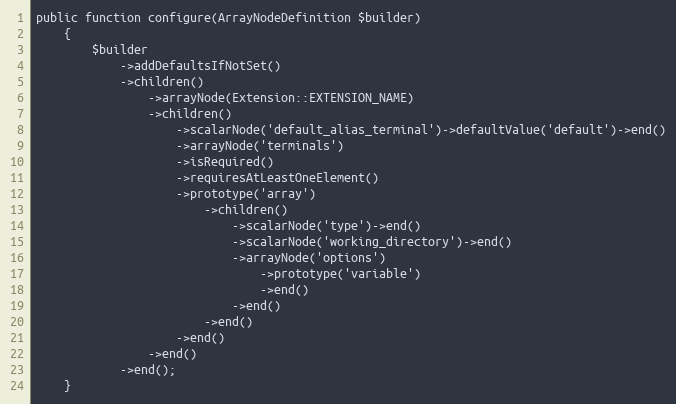
Language: PHP
public function configure(ArrayNodeDefinition $builder)
    {
        $builder
            ->addDefaultsIfNotSet()
            ->children()
                ->arrayNode(Extension::EXTENSION_NAME)
                ->children()
                    ->scalarNode('default_alias_terminal')->defaultValue('default')->end()
                    ->arrayNode('terminals')
                    ->isRequired()
                    ->requiresAtLeastOneElement()
                    ->prototype('array')
                        ->children()
                            ->scalarNode('type')->end()
                            ->scalarNode('working_directory')->end()
                            ->arrayNode('options')
                                ->prototype('variable')
                                ->end()
                            ->end()
                        ->end()
                    ->end()
                ->end()
            ->end();
    }